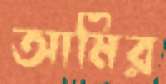
আমির